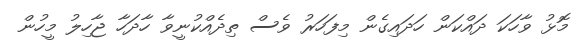
މޮޅު ވާހަކަ ދައްކަން ހަދައިގެން މިފަހަރު ވެސް ތިދެއްކުނީވާ ހާދަހާ ޖާހިލު މީހުން